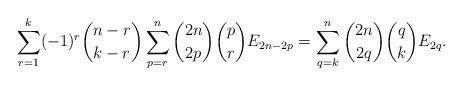
LaTeX: \begin{align*}\sum_{r=1}^k (-1)^r\binom{n-r}{k-r}\sum_{p=r}^n \binom{2n}{2p}\binom{p}{r}E_{2n-2p}=\sum_{q=k}^n\binom{2n}{2q}\binom{q}{k}E_{2q}.\end{align*}